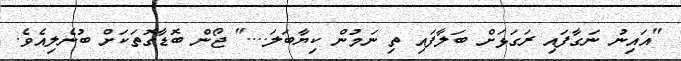
"އައިނު ނަގާފައި ރަގަޅަށް ބަލާފައި ތި ނަމުން ކިޔާބަލަ...." ޖޯން ބޮޑާގޮތަކަށް ބުނެލިއެވެ.